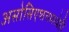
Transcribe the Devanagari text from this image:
असोसिएशनमध्येही